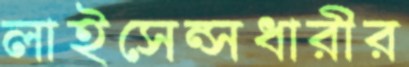
লাইসেন্সধারীর